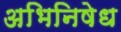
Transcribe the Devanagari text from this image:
अभिनिषेध